Report of the Indian Hemp Drugs Commission, 1894-1895 - Volume II
Year: 1894
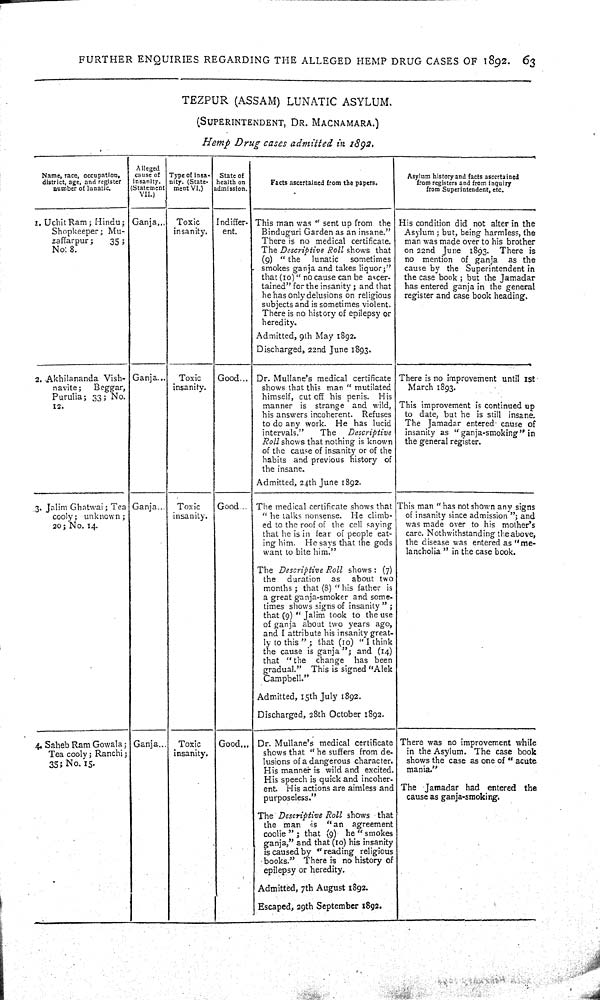
FURTHER ENQUIRIES REGARDING THE ALLEGED HEMP DRUG CASES OF 1892. 63
TEZPUR (ASSAM) LUNATIC ASYLUM.
(SUPERINTENDENT, DR. MACNAMARA.)
Hemp Drug cases admitted in 1892.
Name, race, occupation,
district, age, and register
number of lunatic.
Alleged
cause of
insanity.
(Statement
VII.)
Type of insa-
nity. (State-
ment VI.)
State of
health on
admission.
Facts ascertained from the papers.
Asylum history and facts ascertained
from registers and from inquiry
from Superintendent, etc.
1. Uchit Ram; Hindu;
Shopkeeper; Mu-
zaffarpur;
35;
No: 8.
Ganja
Toxic
insanity.
Indiffer-
ent.
This man was "sent up from the
Binduguri Garden as an insane."
There is no medical certificate.
The Descriptive Roll shows that
(9) "the
lunatic
sometimes
smokes ganja and takes liquor;"
that (10) "no cause can be ascer-
tained" for the insanity; and that
he has only delusions on religious
subjects and is sometimes violent.
There is no history of epilepsy or
heredity.
Admitted, 9th May 1892.
Discharged, 22nd June 1893.
His condition did not alter in the
Asylum; but, being harmless, the
man was made over to his brother
on 22nd June 1893. There is
no mention of ganja as the
cause by the Superintendent in
the case book; but the Jamadar
has entered ganja in the general
register and case book heading.
2. Akhilananda Vish-
navite;
Beggar,
Purulia; 33; No.
12.
Ganja
Toxic
insanity.
Good
Dr. Mullane's medical certificate
shows that this man "mutilated
himself, cut off his penis. His
manner is strange and wild,
his answers incoherent. Refuses
to do any work. He has lucid
intervals."
The Descriptive
Roll shows that nothing is known
of the cause of insanity or of the
habits and previous history of
the insane.
Admitted, 24th June 1892.
There is no improvement until 1st
March 1893.
This improvement is continued up
to date, but he is still insane.
The Jamadar entered cause of
insanity as "ganja-smoking" in
the general register.
3. Jalim Ghatwai; Tea
cooly; unknown;
20; No. 14.
Ganja
Toxic
insanity.
Good
The medical certificate shows that
"he talks nonsense. He climb-
ed to the roof of the cell saying
that he is in fear of people eat-
ing him. He says that the gods
want to bite him."
The Descriptive Roll shows: (7)
the duration as about two
months; that (8) "his father is
a great ganja-smoker and some-
times shows signs of insanity";
that (9) "Jalim took to the use
of ganja about two years ago,
and I attribute his insanity great-
ly to this"; that (10) "I think
the cause is ganja"; and (14)
that "the change has been
gradual." This is signed "Alek
Campbell."
Admitted, 15th July 1892.
Discharged, 28th October 1892.
This man " has not shown any signs
of insanity since admission"; and
was made over to his mother's
care. Nothwithstanding the above,
the disease was entered as "me-
lancholia" in the case book.
4. Saheb Ram Gowala;
Tea cooly; Ranchi;
35; No. 15.
Ganja
Toxic
insanity.
Good
Dr. Mullane's medical certificate
shows that "he suffers from de-
lusions of a dangerous character.
His manner is wild and excited.
His speech is quick and incoher-
ent. His actions are aimless and
purposeless."
The Descriptive Roll shows that
the man is "an agreement
coolie"; that (9) he "smokes
ganja," and that (10) his insanity
is caused by "reading religious
books." There is no history of
epilepsy or heredity.
Admitted, 7th August 1892.
Escaped, 29th September 1892.
There was no improvement while
in the Asylum. The case book
shows the case as one of "acute
mania."
The Jamadar had entered the
cause as ganja-smoking.